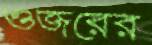
ওজরের